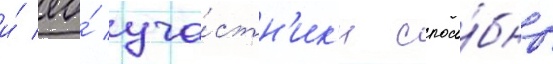
и́ ео́ уча́стн'ик'и спосо́бны